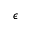
\epsilon